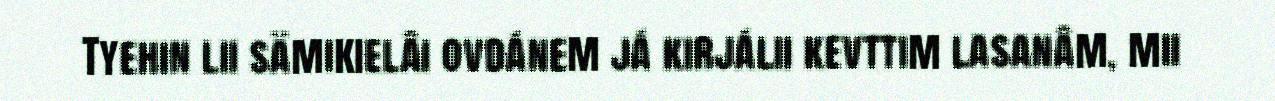
Tyehin lii sämikielâi ovdánem já kirjálii kevttim lasanâm, mii